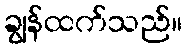
ချွန်ထက်သည်။